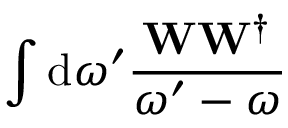
\int { \mathrm { d } \omega ^ { \prime } \frac { \mathbf { W } \mathbf { W } ^ { \dagger } } { \omega ^ { \prime } - \omega } }